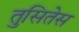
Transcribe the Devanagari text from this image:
तुसितेस